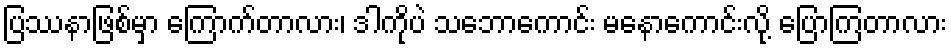
ပြဿနာဖြစ်မှာ ကြောက်တာလား၊ ဒါကိုပဲ သဘောကောင်း မနောကောင်းလို့ ပြောကြတာလား